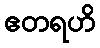
ဧတရဟိ